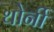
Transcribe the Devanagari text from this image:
थोर्नी